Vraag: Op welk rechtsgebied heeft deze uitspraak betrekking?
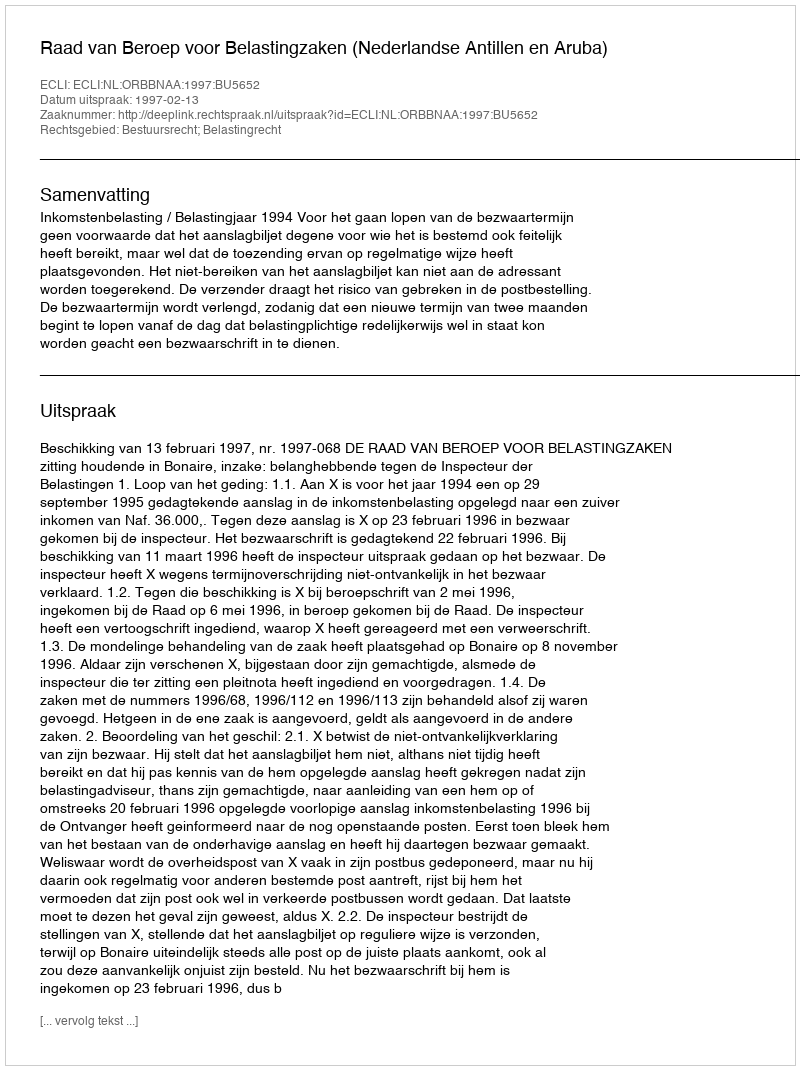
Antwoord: Bestuursrecht; Belastingrecht